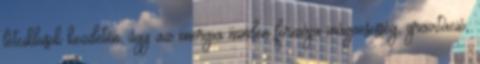
létciklusok kezdetén, úgy az energia minden formája mágnesesség, gravitáció,